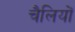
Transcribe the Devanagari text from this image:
चैलियों